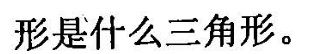
形是什么三角形。